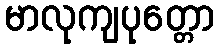
မာလုကျပုတ္တော